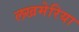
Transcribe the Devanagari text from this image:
लखमेरिया